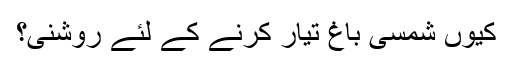
کیوں شمسی باغ تیار کرنے کے لئے روشنی؟